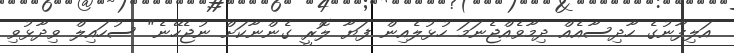
އަލިފާނުގެ ހާދިސާއެއް ދިމާވެއްޖެނަމަ ހުޅުލެއިން ފަޔާ ލޮރީ ގެންނާކަށް ނުޖެހޭނެ" ސުހައިލް ވިދާޅުވި